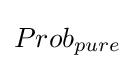
Prob_{pure}